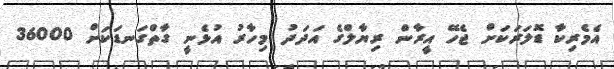
އެމެރިކާ ޑޮލަރަކަށް ޖެހޭ އީރާން ރިޔާލްގެ އަދަދު މިހާރު އުޅެނީ ގާތްގަނޑަކަށް 36000